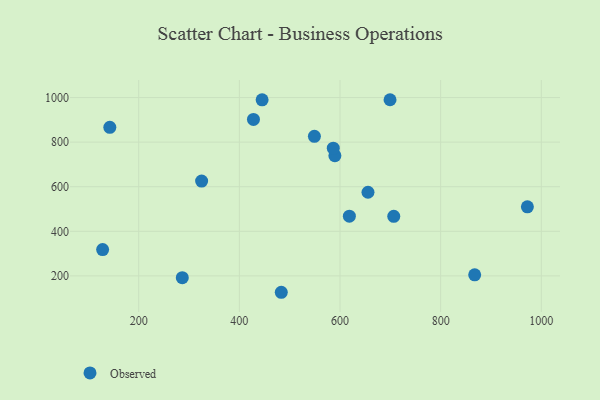
{"axis": {"x": "Engine Size", "y": "Rating"}, "legend": ["Observed"], "data": [{"x": "445.2", "y": 989.7, "type": "Observed"}, {"x": "972.3", "y": 510.0, "type": "Observed"}, {"x": "128.3", "y": 317.9, "type": "Observed"}, {"x": "483.3", "y": 126.5, "type": "Observed"}, {"x": "428.0", "y": 901.9, "type": "Observed"}, {"x": "325.0", "y": 625.2, "type": "Observed"}, {"x": "589.8", "y": 739.2, "type": "Observed"}, {"x": "655.6", "y": 575.3, "type": "Observed"}, {"x": "699.4", "y": 990.3, "type": "Observed"}, {"x": "706.8", "y": 467.2, "type": "Observed"}, {"x": "867.6", "y": 205.0, "type": "Observed"}, {"x": "549.1", "y": 825.9, "type": "Observed"}, {"x": "142.6", "y": 866.5, "type": "Observed"}, {"x": "618.6", "y": 467.7, "type": "Observed"}, {"x": "586.6", "y": 772.9, "type": "Observed"}, {"x": "286.6", "y": 192.2, "type": "Observed"}]}